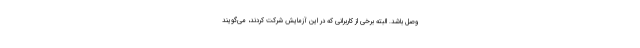
وصل باشد. البته برخی از کاربرانی که در این آزمایش شرکت کردند، می‌گویند